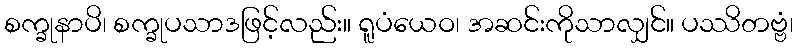
စက္ခုနာပိ၊ စက္ခုပသာဒဖြင့်လည်း။ ရူပံယေဝ၊ အဆင်းကိုသာလျှင်။ ပဿိတဗ္ဗံ၊